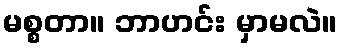
မစ္စတာ။ ဘာဟင်း မှာမလဲ။